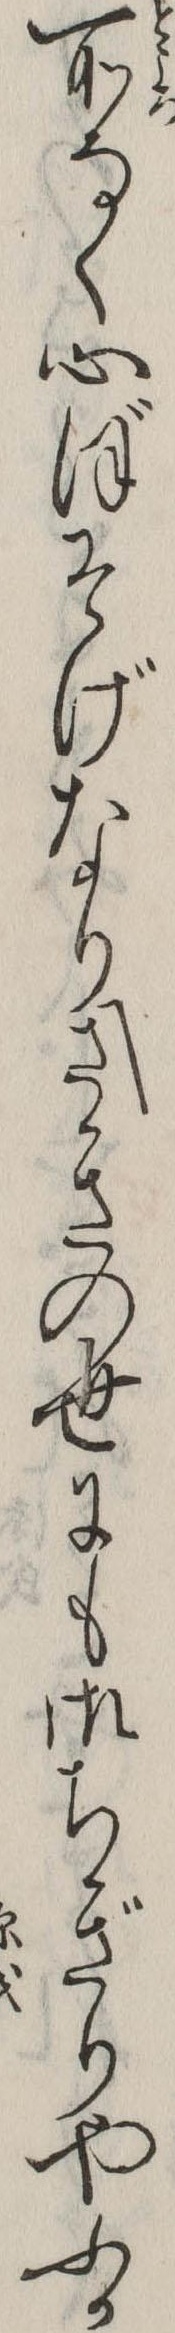
所なく心ぼそげなりさきの世にも御ちぎりやふか